Calcutta medical institutions reports 1892-1900
Year: 1892
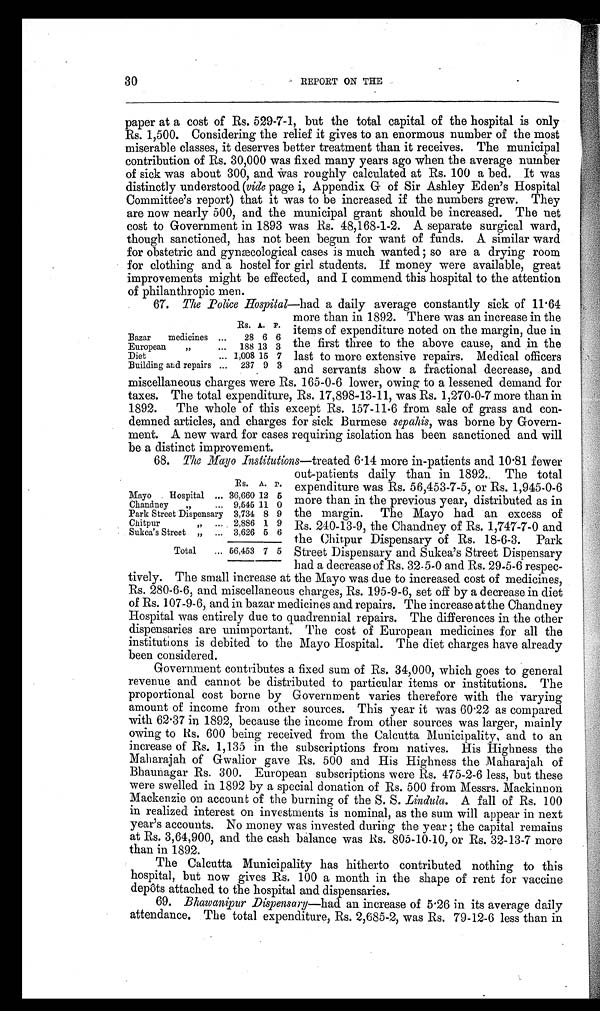
30
REPORT ON THE
paper at a cost of Rs. 529-7-1, but the total capital of the hospital is only
Rs. 1,500. Considering the relief it gives to an enormous number of the most
miserable classes, it deserves better treatment than it receives. The municipal
contribution of Rs. 30,000 was fixed many years ago when the average number
of sick was about 300, and was roughly calculated at Rs. 100 a bed. It was
distinctly understood (vide page i, Appendix G of Sir Ashley Eden's Hospital
Committee's report) that it was to be increased if the numbers grew. They
are now nearly 500, and the municipal grant should be increased. The net
cost to Government in 1893 was Rs. 48,168-1-2. A separate surgical ward,
though sanctioned, has not been begun for want of funds. A similar ward
for obstetric and gynæcological cases is much wanted; so are a drying room
for clothing and a hostel for girl students. If money were available, great
improvements might be effected, and I commend this hospital to the attention
of philanthropic men.
67. The Police Hospital—had a daily average constantly sick of 11.64
Rs. A. P.
Bazar medicines ...
28 6 6
European „
...
188 13 3
Diet
... 1,008 15 7
Building and repairs ...
237 9 3
more than in 1892. There was an increase in the
items of expenditure noted on the margin, due in
the first three to the above cause, and in the
last to more extensive repairs. Medical officers
and servants show a fractional decrease, and
miscellaneous charges were Rs. 165-0-6 lower, owing to a lessened demand for
taxes. The total expenditure, Rs. 17,898-13-11, was Rs. 1,270-0-7 more than in
1892. The whole of this except Rs. 157-11-6 from sale of grass and con-
demned articles, and charges for sick Burmese sepahis, was borne by Govern-
ment. A new ward for cases requiring isolation has been sanctioned and will
be a distinct improvement.
68. The Mayo Institutions—treated 6.14 more in-patients and 10.81 fewer
Rs. A. P.
Mayo Hospital ... 36,660 12 5
Chandney „
... 9,545 11 0
Park Street Dispensary 3,734 8 9
Chitpur „
... 2,886 1 9
Sukea's Street „
... 3,626 5 6
Total
... 56,453 7 5
out-patients daily than in 1892. The total
expenditure was Rs. 56,453-7-5, or Rs. 1,945-0-6
more than in the previous year, distributed as in
the margin. The Mayo had an excess of
Rs. 240-13-9, the Chandney of Rs. 1,747-7-0 and
the Chitpur Dispensary of Rs. 18-6-3. Park
Street Dispensary and Sukea's Street Dispensary
had a decrease of Rs. 32-5-0 and Rs. 29-5-6 respec-
tively. The small increase at the Mayo was due to increased cost of medicines,
Rs. 280-6-6, and miscellaneous charges, Rs. 195-9-6, set off by a decrease in diet
of Rs. 107-9-6, and in bazar medicines and repairs. The increase at the Chandney
Hospital was entirely due to quadrennial repairs. The differences in the other
dispensaries are unimportant. The cost of European medicines for all the
institutions is debited to the Mayo Hospital. The diet charges have already
been considered.
Government contributes a fixed sum of Rs. 34,000, which goes to general
revenue and cannot be distributed to particular items or institutions. The
proportional cost borne by Government varies therefore with the varying
amount of income from other sources. This year it was 60.22 as compared
with 62.37 in 1892, because the income from other sources was larger, mainly
owing to Rs. 600 being received from the Calcutta Municipality, and to an
increase of Rs. 1,135 in the subscriptions from natives. His Highness the
Maharajah of Gwalior gave Rs. 500 and His Highness the Maharajah of
Bhaunagar Rs. 300. European subscriptions were Rs. 475-2-6 less, but these
were swelled in 1892 by a special donation of Rs. 500 from Messrs. Mackinnon
Mackenzie on account of the burning of the S. S. Lindula. A fall of Rs. 100
in realized interest on investments is nominal, as the sum will appear in next
year's accounts. No money was invested during the year ; the capital remains
at Rs. 3,64,900, and the cash balance was Rs. 805-10-10, or Rs. 32-13-7 more
than in 1892.
The Calcutta Municipality has hitherto contributed nothing to this
hospital, but now gives Rs. 100 a month in the shape of rent for vaccine
depôts attached to the hospital and dispensaries.
69. Bhawanipur Dispensary—had an increase of 5.26 in its average daily
attendance. The total expenditure, Rs. 2,685-2, was Rs. 79-12-6 less than in